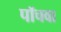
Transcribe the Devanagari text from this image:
पॉचवा